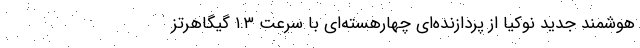
هوشمند جدید نوکیا از پردازنده‌ای چهارهسته‌ای با سرعت ۱.۳ گیگاهرتز